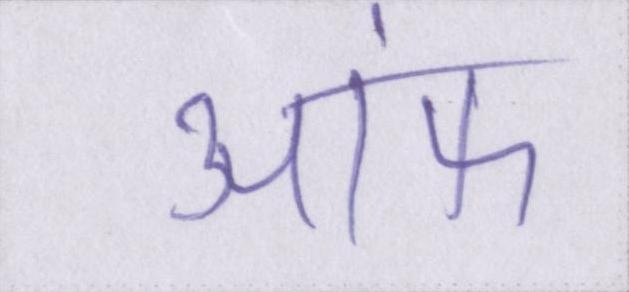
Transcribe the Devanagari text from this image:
ऑफ